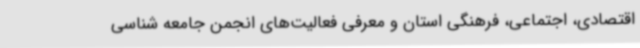
اقتصادی، اجتماعی، فرهنگی استان و معرفی فعالیت‌های انجمن جامعه شناسی